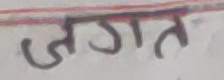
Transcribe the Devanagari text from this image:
जगत